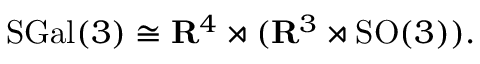
\mathrm { S G a l } ( 3 ) \cong \mathbf { R } ^ { 4 } \rtimes ( \mathbf { R } ^ { 3 } \rtimes \mathrm { S O } ( 3 ) ) .